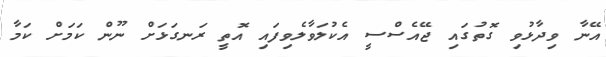
އޭނާ ވިދާޅުވި ގޮތުގައި ޖޭއެސްސީ އެކުލަވާލެވިފައި އޮތީ ރަނގަޅަށް ނޫން ކަމަށް ކަމާ